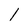
Character: 1